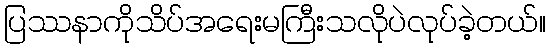
ပြဿနာကိုသိပ်အရေးမကြီးသလိုပဲလုပ်ခဲ့တယ်။